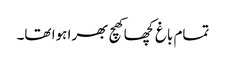
تمام باغ کچھا کھچ بھرا ہوا تھا۔